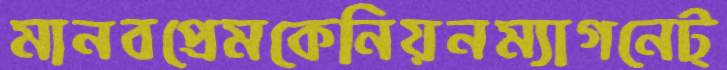
মানবপ্রেমকেনিয়নম্যাগনেট্